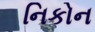
નિકોન